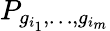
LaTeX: P_{g_{i_{1}},\dots,g_{i_{m}}}